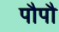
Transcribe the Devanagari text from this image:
पौपौ